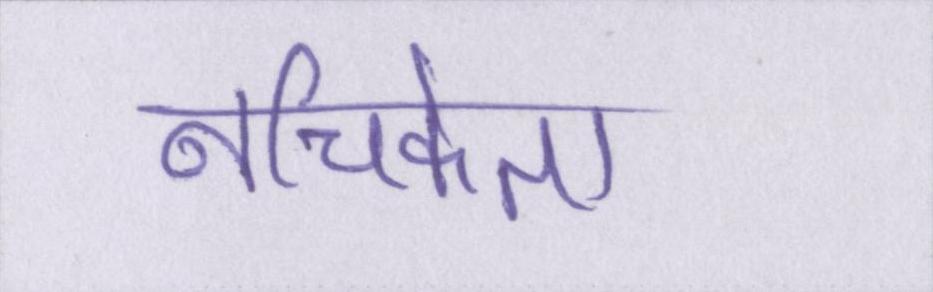
नचिकेता